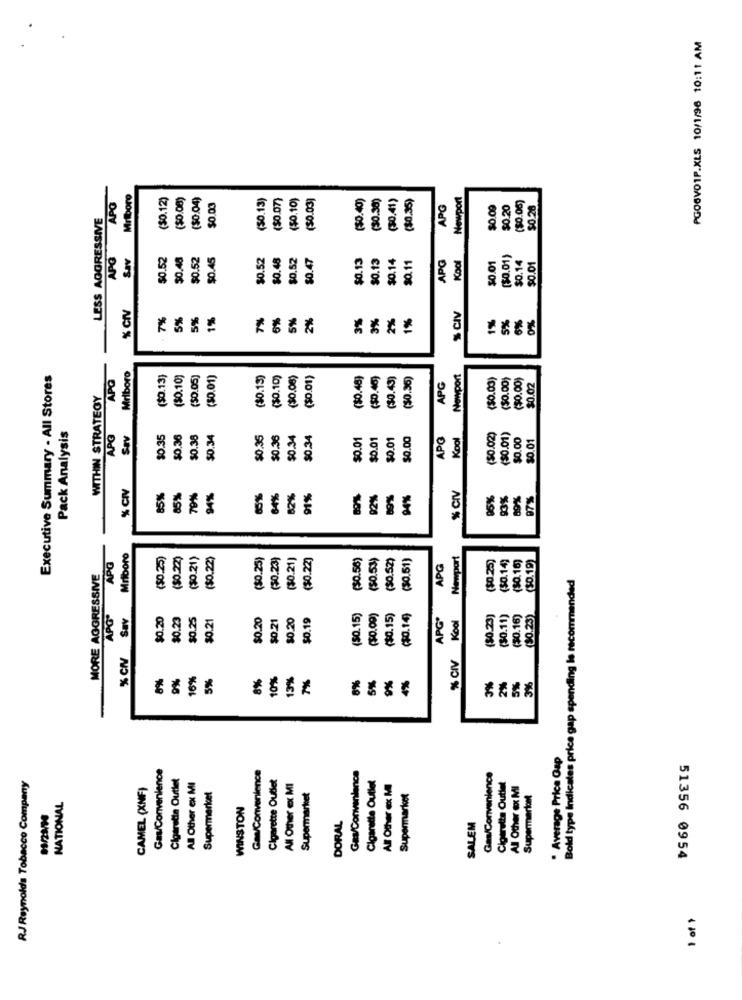
PGO6VOIP.XLS 10/1/96 10:11 AM
Mitboro
($0.12)
($0.00)
($0.04)
(50.13)
($0.07)
($0.10)
($0.03)
($0.40)
(30.38)
(30.41)
($0.35)
Newport
($0.06)
APO
$0.03
APG
$0.09
$0.20
$0.26
LESS AGGRESSIVE
Sav
$0.52
$0.48
$0.52
$0.45
$0.52
$0.48
$0.52
$0.47
$0.13
$0.13
$0.14
$0.01
($0.01)
$0.14
$0.01
$0.11
APG
Kool
% CI
% CIV
7%
5%
5%
1%
7%
6%
5%
2%
3%
3%
2%
1%
1%
0%
SX
6%
Executive Summary - All Stores
APO
Mriboro
($0.13)
($0.10)
($0.05)
($0.01)
($0.13)
($0.10)
($0.08)
($0.01)
($0.48)
($0.40)
($0.43)
($0.36)
Newport
($0.03)
($0.00)
($0.00)
$0.02
APG
WITHIN STRATEGY
Pack Analysis
Sev
$0.35
$0.36
$0.38
$0.34
$0.35
$0.36
$0.34
$0.34
$0.01
$0.01
$0.01
$0.00
APG
Kool
($0.02)
($0.01)
$0.00
$0.01
% CIV
% CIV
85%
85%
94%
85%
64%
82%
91%
92%
89%
94%
05%
93%
89%
97%
Mriboro
($0.25)
($0.22)
($0.21)
($0.22)
($0.25)
(30.23)
($0.21)
($0.22)
($0.56)
(50.53)
($0.52)
(50.51)
Newport
($0.25)
($0.14)
(30.16)
($0.19)
APG
APG
MORE AGGRESSIVE
Bold type Indicates price gap spending le recommended
APO-
Sav
$0.20
$0.23
$0.25
$0.21
$0.20
$0.21
$0.20
$0.19
($0.15)
($0.00)
($0.15)
(PO.14)
APG'
Kool
($0.23)
(30.11)
(30.16)
(30.23)
% CN
% CIV
8%
0%
16%
5%
8%
10%
13%
7%
8%
5%
3%
. Average Price Gap
Gas/Convenience
RJ Reynolds Tobacco Company
Cigaretta Outlet
Gas/Convenience
Cigarette Outlet
Gas/Convenience
Cigarette Outlet
Gas/Convenience
Cigaretta Outlet
CAMEL (XNF)
All Other ex MI
All Other ex: MI
All Other ex Ml
All Other ex MI
NATIONAL
Supermarket
Supermarket
Supermarket
Supermariont
WINSTON
DORAL
SALEM
51356 0954
1 of 1